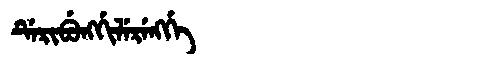
Manchu: ᡩᡝᡵᡳᠪᡠᠩᡤᡳᠯᡝᡵᡝᠩᡤᡝ
Romanization: DERIBUNGGILERENGGE